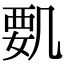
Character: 𠙞